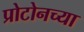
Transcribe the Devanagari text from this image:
प्रोटोनच्या